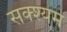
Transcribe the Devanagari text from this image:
सक्श्यम